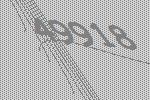
49918